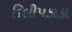
દિલીપકાકા